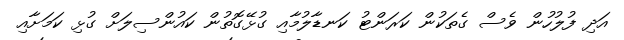
އަދި ފުލުހުން ވެސް ގެތަކުން ކަރަންޓު ކަނޑާލުމާއި ގުޅޭގޮތުން ކައުންސިލަށް ގުޅި ކަމަށާއި